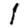
Digit: 1